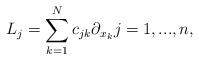
LaTeX: \begin{align*}L_{j}=\sum_{k=1}^{N}c_{jk}\partial_{x_{k}}j=1,...,n,\end{align*}